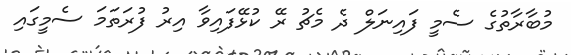
މުބާރާތުގެ ސެމީ ފައިނަލް ދެ މެޗު ރޭ ކުޅޭފައިވާ އިރު ފުރަތަމަ ސެމީގައި